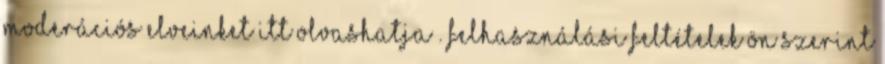
Moderációs elveinket itt olvashatja . Felhasználási feltételek Ön szerint